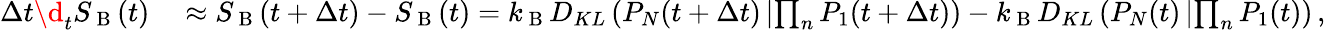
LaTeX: \begin{array}{rl}{\Delta t\d_{t}S_{\mathrm{~B~}}(t)}&{{}\approx S_{\mathrm{~B~}}(t+\Delta t)-S_{\mathrm{~B~}}(t)={k_{\mathrm{~B~}}}D_{KL}\left(P_{N}(t+\Delta t)\left|\prod_{n}P_{1}(t+\Delta t)\right.\right)-{k_{\mathrm{~B~}}}D_{KL}\left(P_{N}(t)\left|\prod_{n}P_{1}(t)\right.\right)\, ,}\end{array}